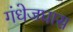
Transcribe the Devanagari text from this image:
गंधेजघास